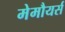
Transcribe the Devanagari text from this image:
मेमौयर्स